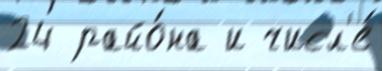
24 райо́на и числ'е́